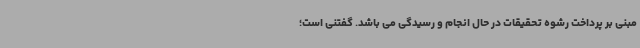
مبنی بر پرداخت رشوه تحقیقات در حال انجام و رسیدگی می باشد. گفتنی است؛